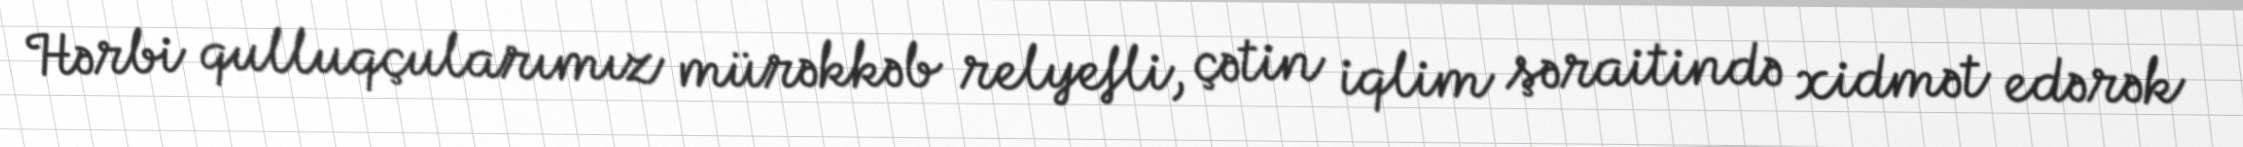
Hərbi qulluqçularımız mürəkkəb relyefli, çətin iqlim şəraitində xidmət edərək